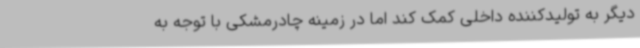
دیگر به تولیدکننده داخلی کمک کند اما در زمینه چادر‌مشکی با توجه به